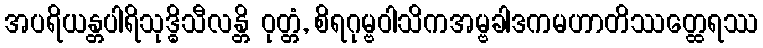
အပရိယန္တပါရိသုဒ္ဓိသီလန္တိ ဝုတ္တံ, စိရဂုမ္ဗဝါသိကအမ္ဗခါဒကမဟာတိဿတ္ထေရဿ